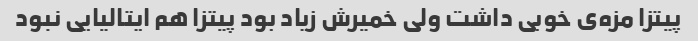
پیتزا مزه‌ی خوبی داشت ولی خمیرش زیاد بود پیتزا هم ایتالیایی نبود